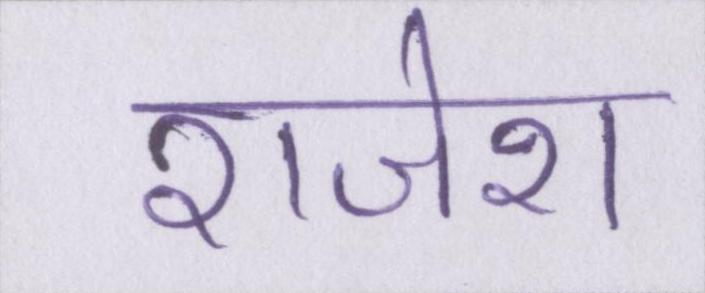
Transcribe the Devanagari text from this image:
राजेश